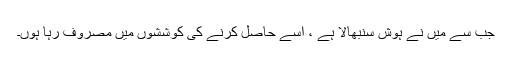
جب سے میں نے ہوش سنبھالا ہے ، اسے حاصل کرنے کی کوششوں میں مصروف رہا ہوں۔